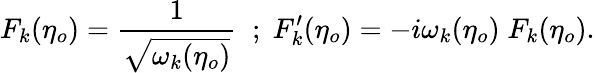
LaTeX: F_{k}(\eta_{o})=\frac{1}{\sqrt{\omega_{k}(\eta_{o})}}\; \; ;\; F_{k}^{\prime}(\eta_{o})=-i\omega_{k}(\eta_{o})\; F_{k}(\eta_{o}).